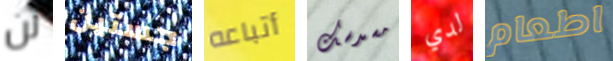
لن جستين أتباعه مسدسك لدي اطعام